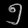
Digit: ၅